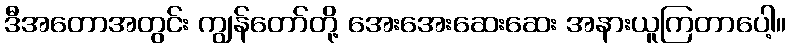
ဒီအတောအတွင်း ကျွန်တော်တို့ အေးအေးဆေးဆေး အနားယူကြတာပေါ့။